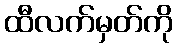
ထီလက်မှတ်ကို